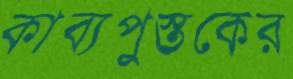
কাব্যপুস্তকের